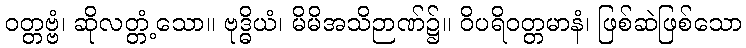
ဝတ္တဗ္ဗံ၊ ဆိုလတ္တံ့သော။ ဗုဒ္ဓိယံ၊ မိမိအသိဉာဏ်၌။ ဝိပရိဝတ္တမာနံ၊ ဖြစ်ဆဲဖြစ်သော